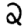
Digit: 2